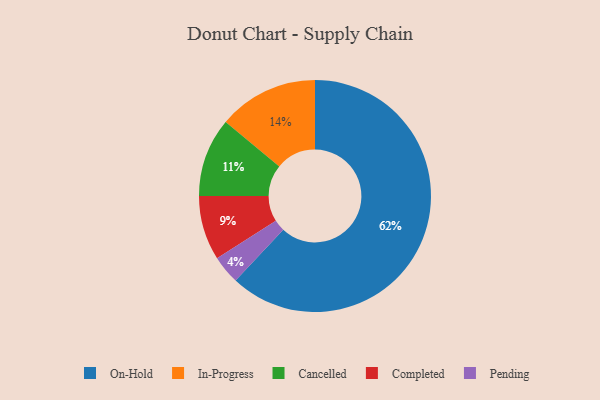
{"axis": {"x": "Category", "y": "Percentage"}, "legend": ["Cancelled", "Completed", "In-Progress", "On-Hold", "Pending"], "data": [{"x": "Completed", "y": 9, "type": "Completed"}, {"x": "Cancelled", "y": 11, "type": "Cancelled"}, {"x": "Pending", "y": 4, "type": "Pending"}, {"x": "On-Hold", "y": 62, "type": "On-Hold"}, {"x": "In-Progress", "y": 14, "type": "In-Progress"}]}